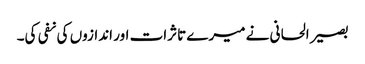
بصیر الحانی نے میرے تاثرات اور اندازوں کی نفی کی۔